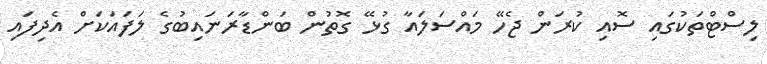
ލިސްޓްތަކުގައި ސޮއި ކުރަން ޖެހޭ މައްސަލައާ ގުޅޭ ގޮތުން ބަންޑާރަނައިބުގެ ލަފައަކަށް އެދިފައި